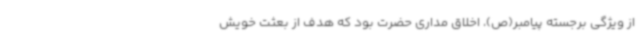
از ویژگی برجسته پیامبر(ص)، اخلاق مداری حضرت بود که هدف از بعثت خویش